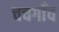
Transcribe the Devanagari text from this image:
चचगाँव